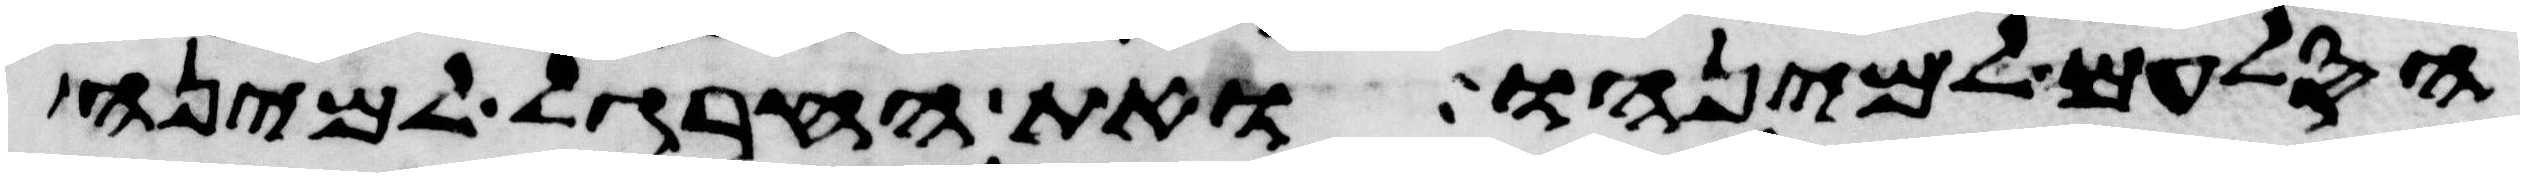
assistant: הסלעם למינהו ואת החרגל למינה